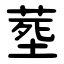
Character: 塟